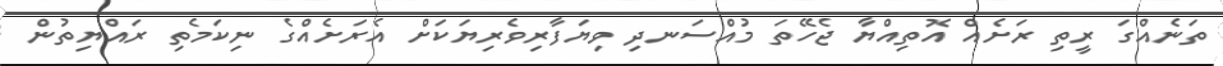
ތަނެއްގަ ރީތި ރަށެއް އޮތިއްޔާ ޖެހޭތަ މުއްސަނދި ވިޔަފާރިވެރިޔަކަށް އެރަށެއްގެ ނިކަމެތި ރައްޔިތުން